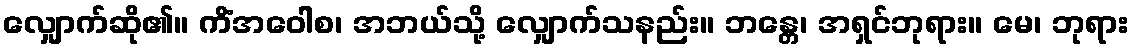
လျှောက်ဆို၏။ ကိံအဝေါစ၊ အဘယ်သို့ လျှောက်သနည်း။ ဘန္တေ၊ အရှင်ဘုရား။ မေ၊ ဘုရား